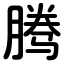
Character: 腾